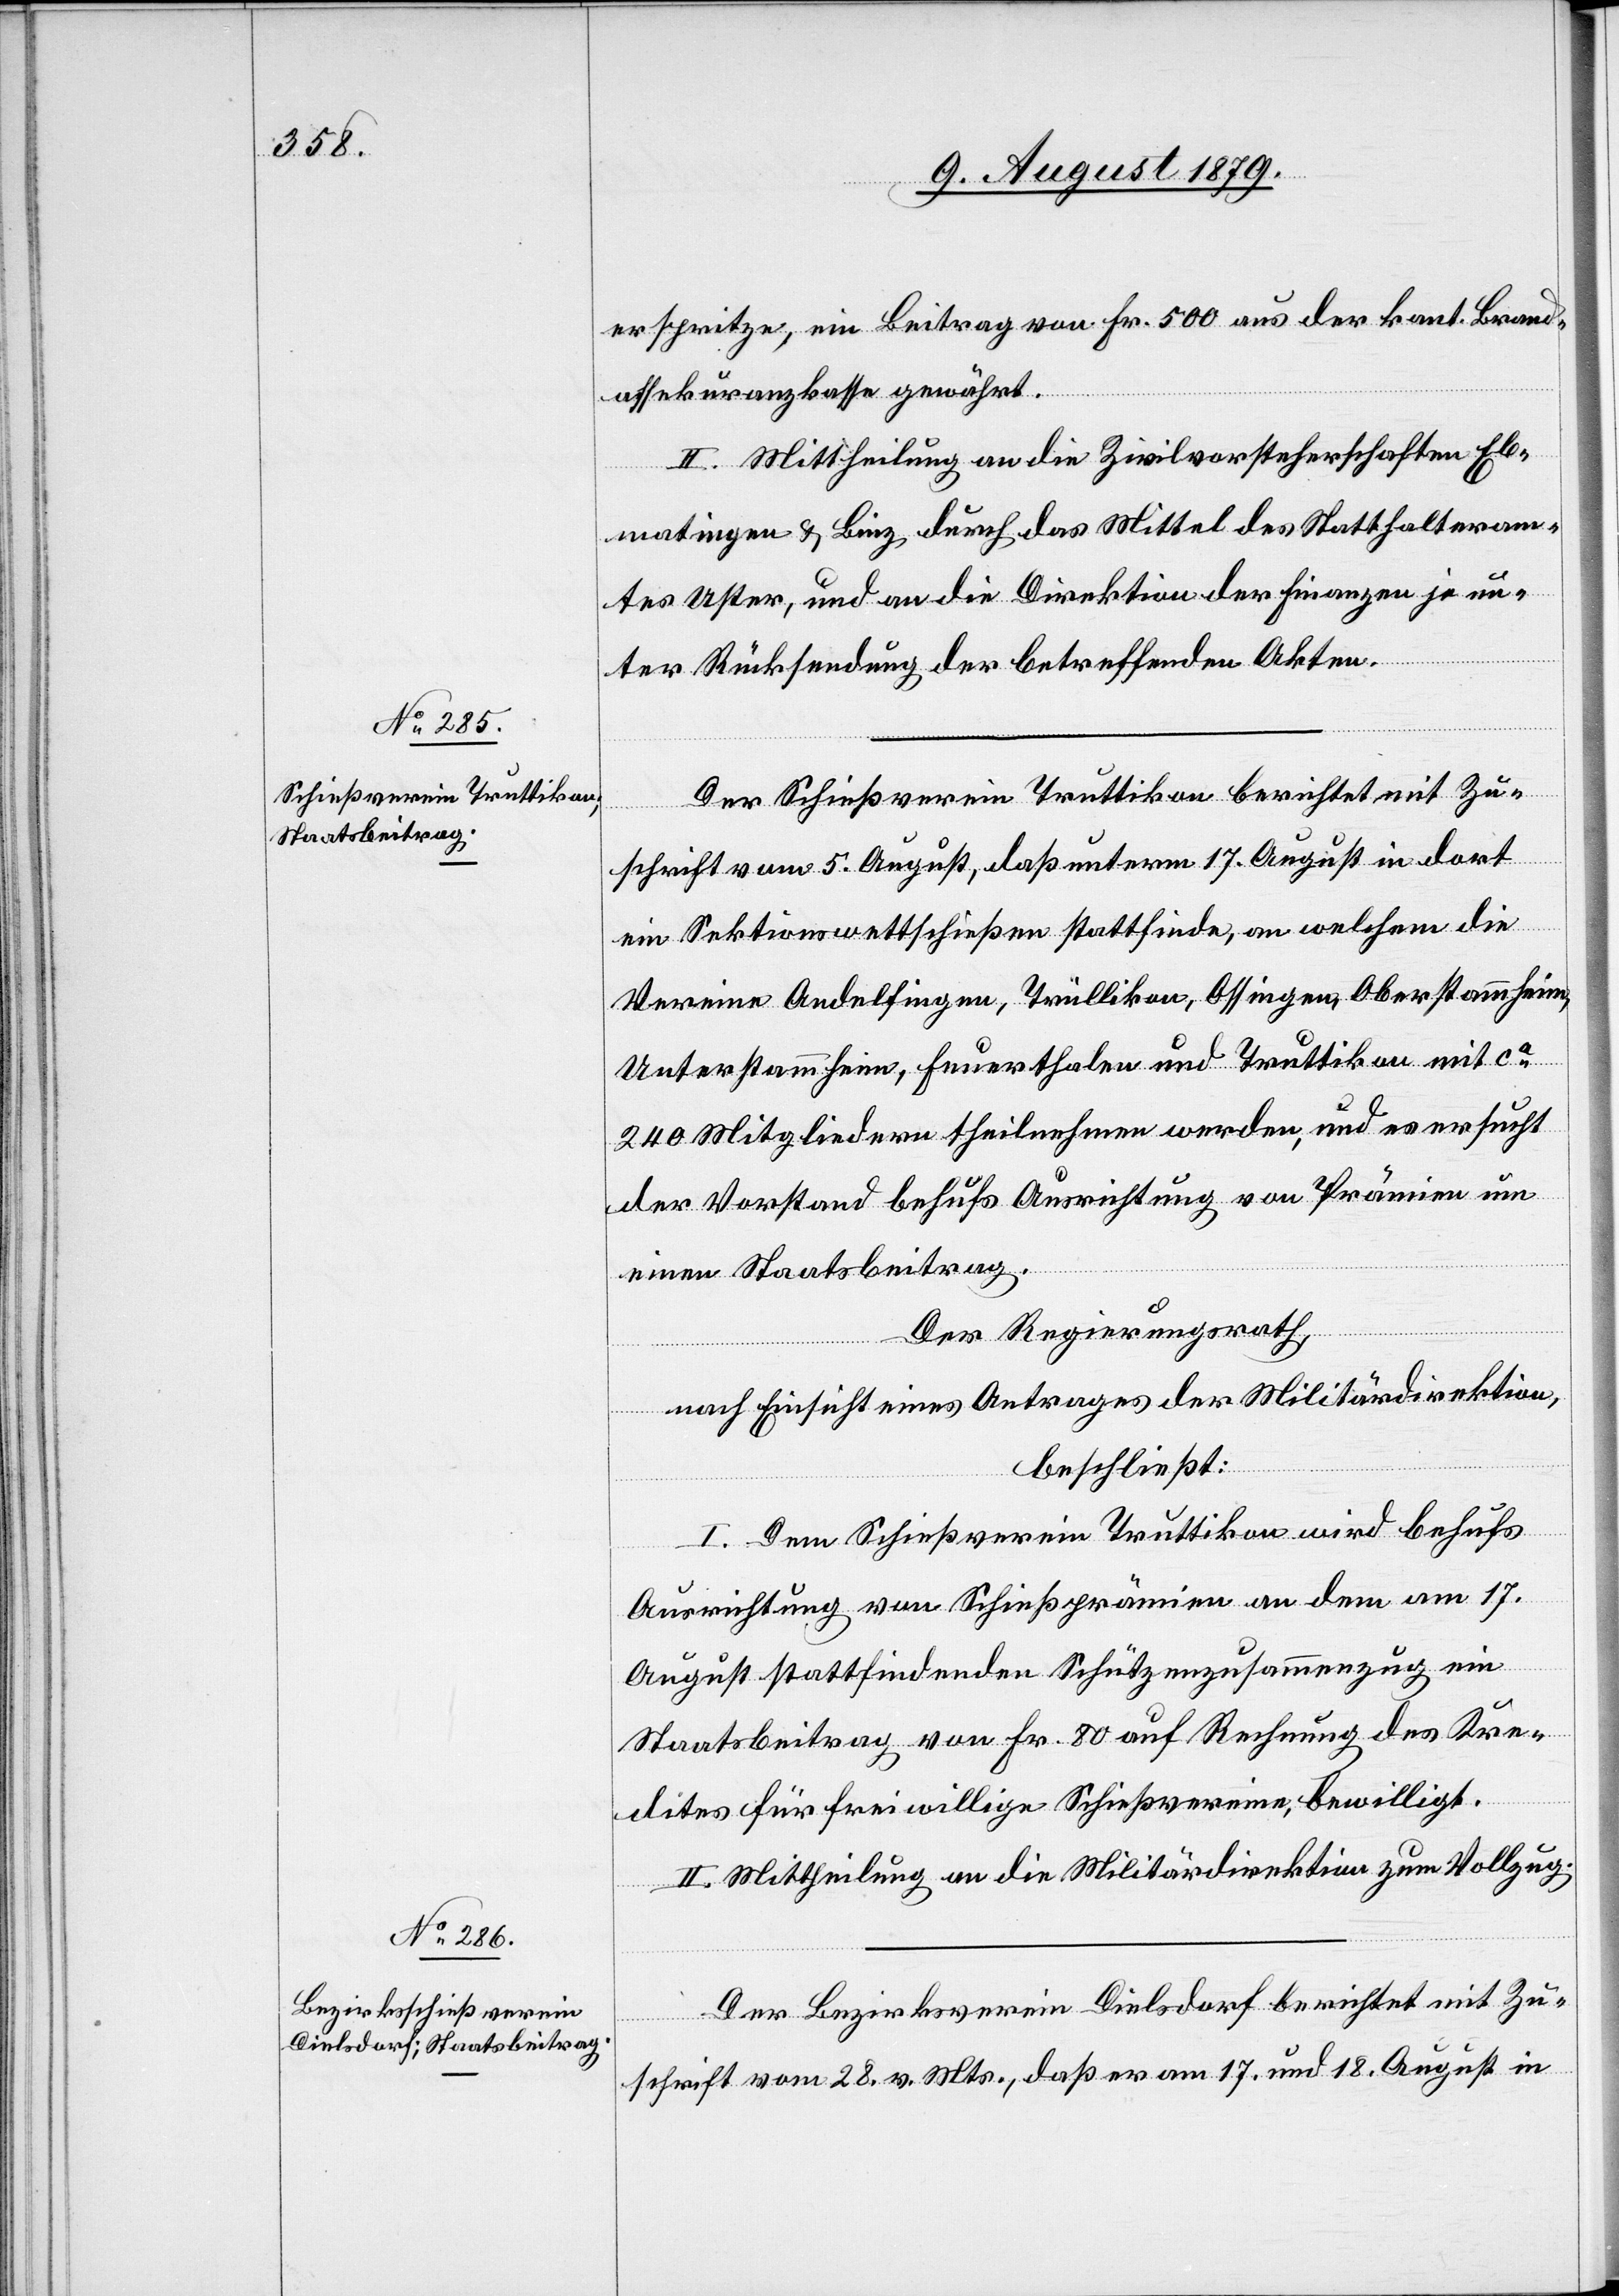
erspritze, ein Beitrag von Fr. 500 aus der kant. Brand¬
assekuranzkasse gewährt.
II. Mittheilung an die Zivilvorsteherschaften Eb¬
matingen & Binz durch das Mittel des Statthalteram¬
tes Uster, und an die Direktion der Finanzen je un¬
ter Rücksendung der betreffenden Akten.
Der Schießverein Truttikon berichtet mit Zu¬
schrift vom 5. August, daß unterm 17. August in dort
ein Sektionswettschießen stattfinde, an welchem die
Vereine Andelfingen, Trüllikon, Ossingen, Oberstammheim,
Unterstammheim, Feuerthalen und Truttikon mit ca
240 Mitgliedern theilnehmen werden, und es ersucht
der Vorstand behufs Ausrichtung von Prämien um
einen Staatsbeitrag.
Der Regierungsrath,
nach Einsicht eines Antrages der Militärdirektion,
beschließt:
I. Dem Schießverein Truttikon wird behufs
Ausrichtung von Schießprämien an dem am 17.
August stattfindenden Schützenzusammenzug ein
Staatsbeitrag von Fr. 80 auf Rechnung des Kre¬
dites für freiwillige Schießvereine, bewilligt.
II. Mittheilung an die Militärdirektion zum Vollzug.
Der Bezirksverein Dielsdorf berichtet mit Zu¬
schrift vom 28. v. Mts., daß er am 17. und 18. August in